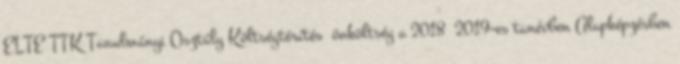
ELTE TTK Tanulmányi Osztály Költségtérítés önköltség a 2018 2019-es tanévben Alapképzésben